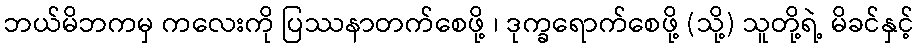
ဘယ်မိဘကမှ ကလေးကို ပြဿနာတက်စေဖို့ ၊ ဒုက္ခရောက်စေဖို့ (သို့) သူတို့ရဲ့ မိခင်နှင့်